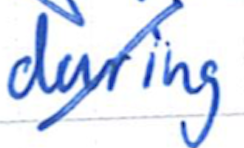
Text: during
Cross-out: mix
Writing tool: ballpoint